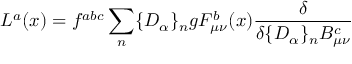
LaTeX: L ^ { a } ( x ) = f ^ { a b c } \sum _ { n } \{ D _ { \alpha } \} _ { n } g F _ { \mu \nu } ^ { b } ( x ) \frac { \delta } { \delta \{ D _ { \alpha } \} _ { n } B _ { \mu \nu } ^ { c } }